Report of the Indian Hemp Drugs Commission, 1894-1895 - Volume V
Year: 1894
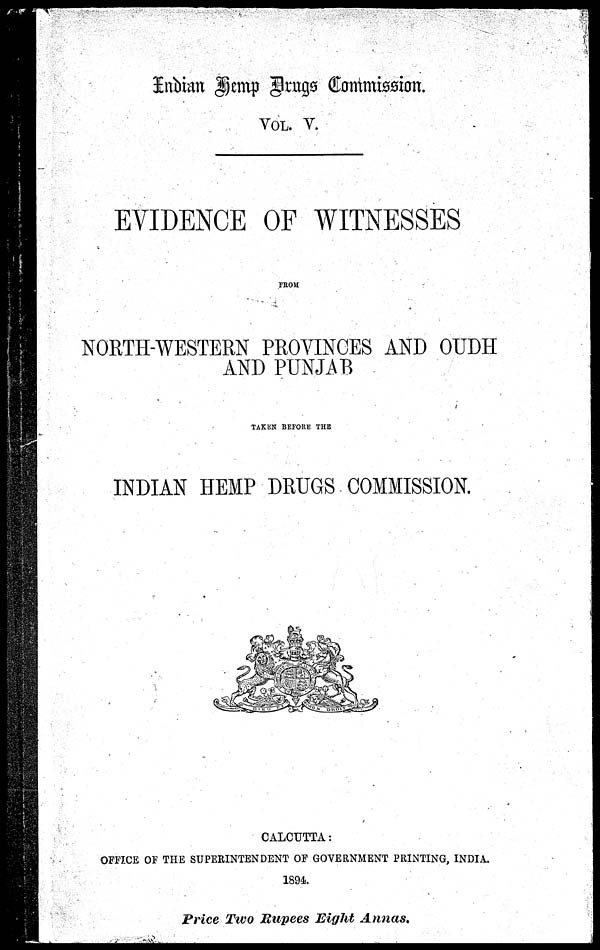
Indian Temp Drugs Commission.
VOL. V.
EVIDENCE OF WITNESSES
FROM
NORTH-WESTERN PROVINCES AND OUDH
AND PUNJAB
TAKEN BEFORE THE
INDIAN HEMP DRUGS COMMISSION.
CALCUTTA:
OFFICE OF THE SUPERINTENDENT OF GOVERNMENT PRINTING, INDIA.
1894.
Price Two Rupees Eight
Annas.